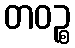
တဝဉ္စ